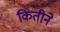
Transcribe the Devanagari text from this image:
कितीने